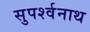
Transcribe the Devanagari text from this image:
सुपर्श्‍वनाथ